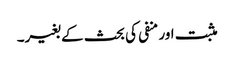
مثبت اور منفی کی بحث کے بغیر۔